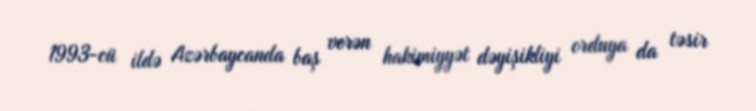
1993-cü ildə Azərbaycanda baş verən hakimiyyət dəyişikliyi orduya da təsir